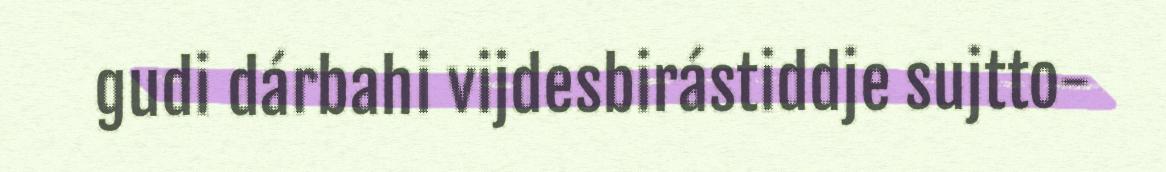
gudi dárbahi vijdesbirástiddje sujtto-